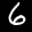
Label: 6